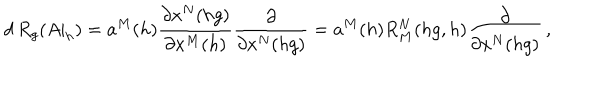
LaTeX: d \, R _ { g } ( A | _ { h } ) = a ^ { M } ( h ) \frac { \partial x ^ { N } ( h g ) } { \partial x ^ { M } ( h ) } \frac { \partial } { \partial x ^ { N } ( h g ) } = a ^ { M } ( h ) R _ { M } ^ { N } ( h g , h ) \frac { \partial } { \partial x ^ { N } ( h g ) } \, ,